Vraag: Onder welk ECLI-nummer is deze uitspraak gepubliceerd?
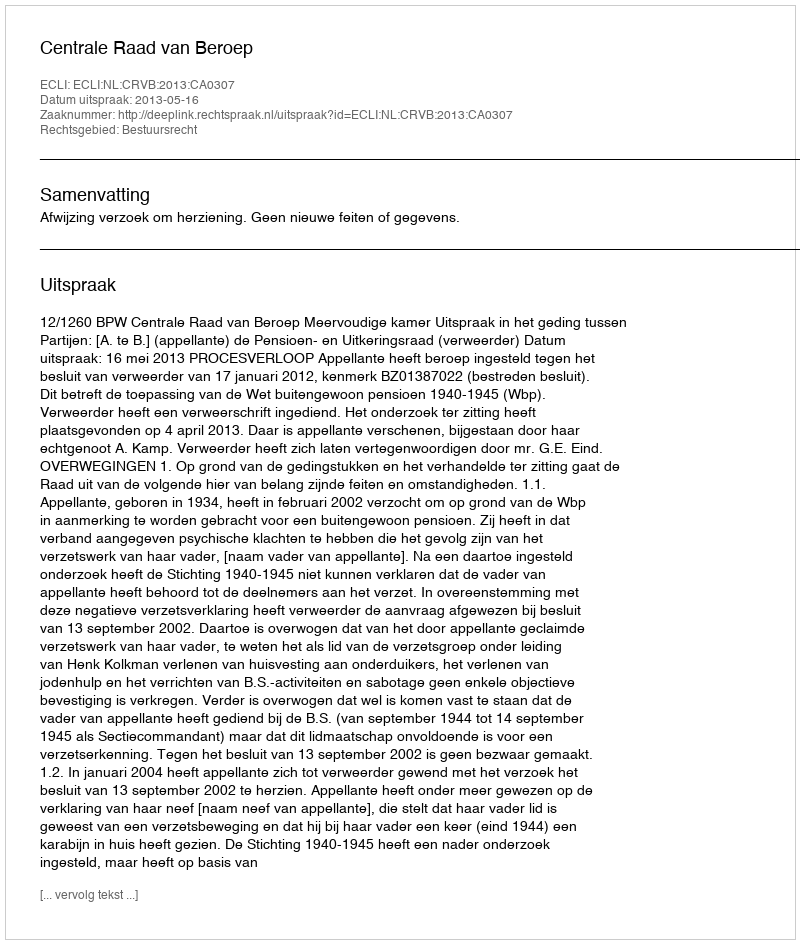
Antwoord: ECLI:NL:CRVB:2013:CA0307